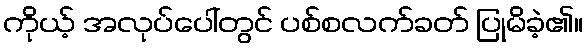
ကိုယ့် အလုပ်ပေါ်တွင် ပစ်စလက်ခတ် ပြုမိခဲ့၏။